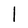
Character: l